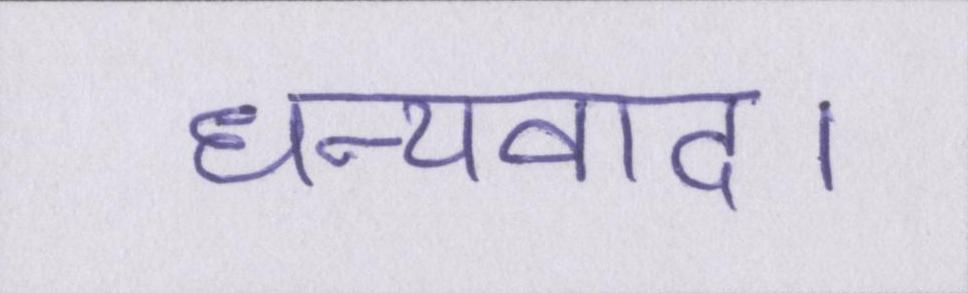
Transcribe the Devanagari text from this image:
धन्यवाद।